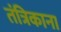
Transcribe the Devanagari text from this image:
तंत्रिकाना